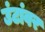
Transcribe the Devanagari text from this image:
उंटांवर